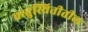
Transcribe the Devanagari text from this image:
वस्तुस्थितीतील